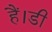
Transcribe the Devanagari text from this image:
हैं।डी